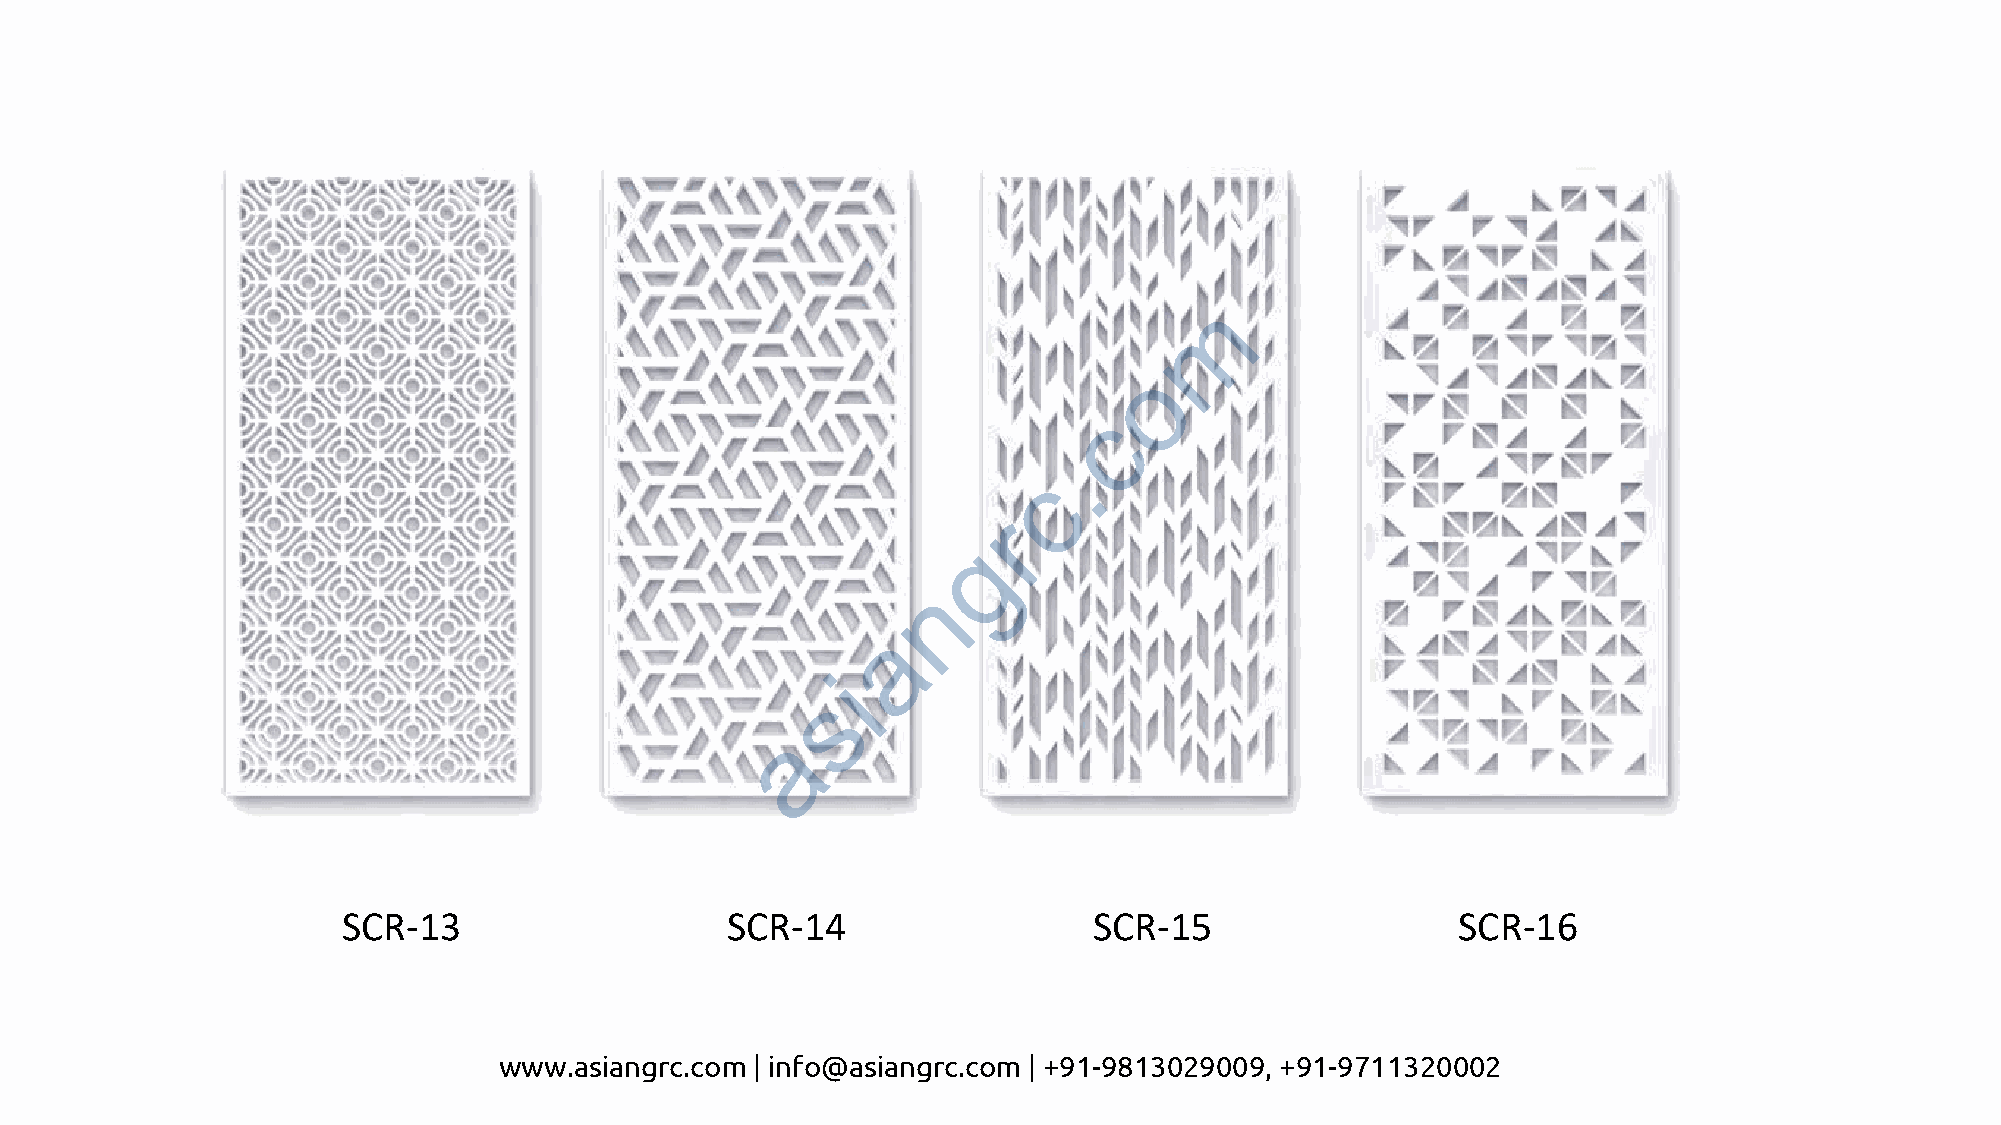
m
 o
 c
 .
 c
 r
 g
 n
 a
 i
 s
 a
 SCR-13                   SCR-14                  SCR-15                  SCR-16
 www.asiangrc.com | info@asiangrc.com | +91-9813029009, +91-9711320002